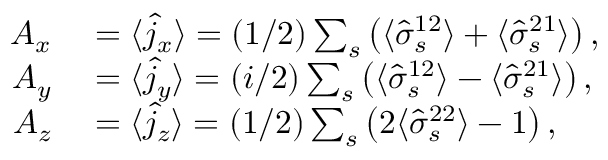
\begin{array} { r l } { A _ { x } } & { { } = \langle \hat { j } _ { x } \rangle = ( 1 / 2 ) \sum _ { s } \left( \langle \hat { \sigma } _ { s } ^ { 1 2 } \rangle + \langle \hat { \sigma } _ { s } ^ { 2 1 } \rangle \right) , } \\ { A _ { y } } & { { } = \langle \hat { j } _ { y } \rangle = ( i / 2 ) \sum _ { s } \left( \langle \hat { \sigma } _ { s } ^ { 1 2 } \rangle - \langle \hat { \sigma } _ { s } ^ { 2 1 } \rangle \right) , } \\ { A _ { z } } & { { } = \langle \hat { j } _ { z } \rangle = ( 1 / 2 ) \sum _ { s } \left( 2 \langle \hat { \sigma } _ { s } ^ { 2 2 } \rangle - 1 \right) , } \end{array}